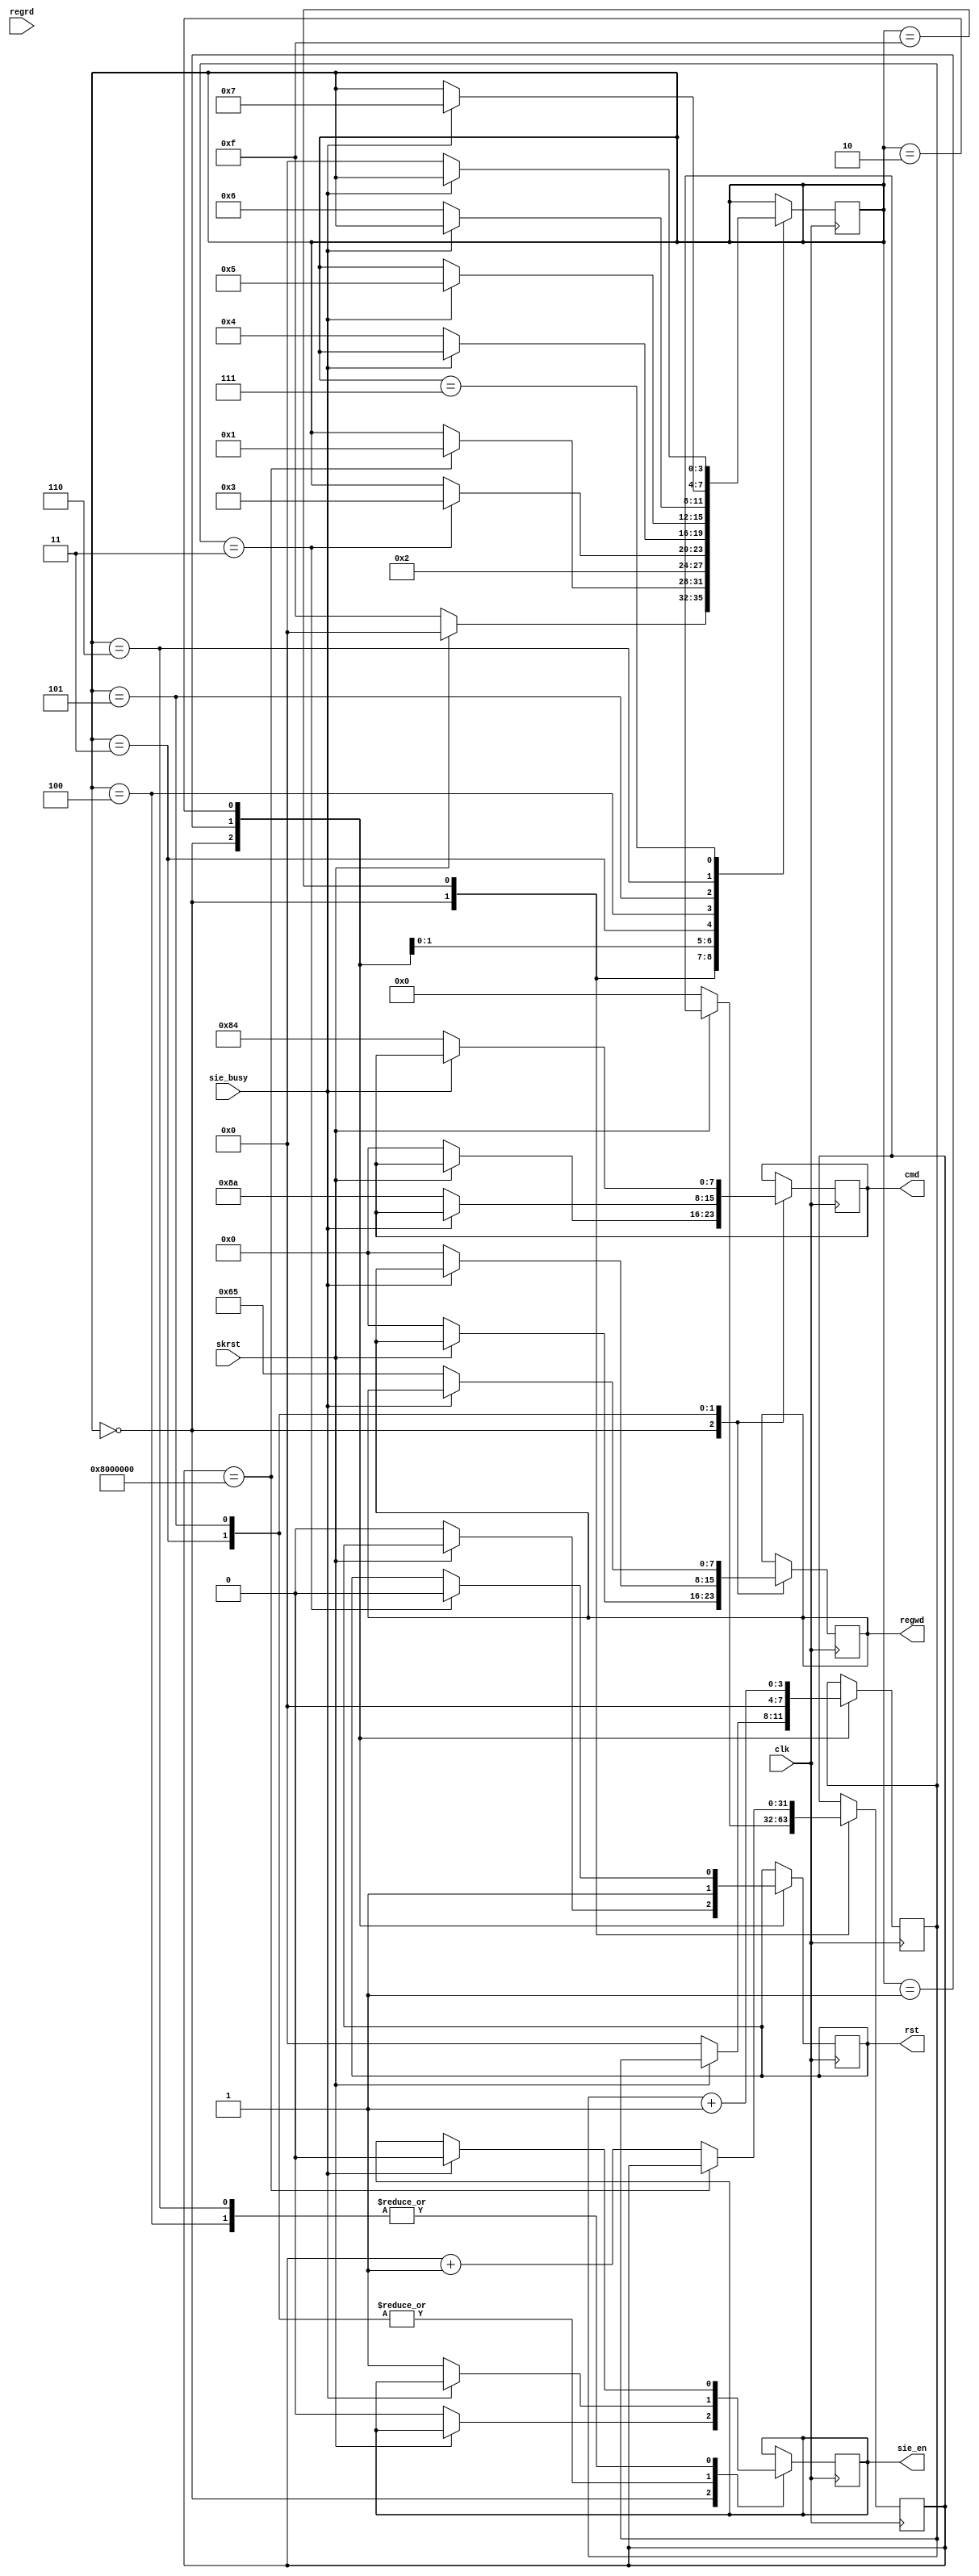
module usb_regrw(

input clk,
input skrst,
output reg rst,

output reg sie_en,
input sie_busy,
output reg[7:0] cmd,
output reg[7:0] regwd,
input[7:0] regrd
);

localparam STATE_W =4;
localparam IDLE =4'b0;
localparam RST1=4'd1;
localparam RSTWT=4'd2;
localparam REGW1=4'd3;
localparam REGWW1=4'd4;
localparam REGW2=4'd5;
localparam REGWW2=4'd6;
localparam REGWWT=4'd7;
localparam REGR1=4'd8;
localparam REGRR1=4'd9;
localparam WRST=4'd10;

localparam DELAY=4'b1111;

reg[3:0] num;
reg[31:0] lnum;
reg[STATE_W-1:0] state;
always@(posedge clk)
	case(state)
	IDLE:if(skrst) state<=IDLE;
			else begin
					state<=DELAY;
					sie_en<=0;
					cmd<=0;
					regwd<=0;
					rst<=0;
					num<=0;
					lnum<=0;
				end
	DELAY:if(lnum==32'b00001000_00000000_00000000_00000000)
				state<=RST1;
			else lnum<=lnum+1'b1;
	RST1:begin
		rst<=1;
		num<=4'b0;
		state<=RSTWT;
		end
	RSTWT:begin
		num<=num+4'b1;
		if(num==4'b0011)begin
			state<=REGW1;
			rst<=0;
			end
		end
	REGW1:if(sie_busy) state<=state;
			else begin
				cmd<=8'b1000_1010;
				regwd<=8'b0000_0000;
				sie_en<=1;
				state<=REGWW1;
				end
	REGWW1:if(sie_busy)
				begin
				sie_en<=0;
				state<=REGW2;
				end
			else state<=state;
	REGW2:if(sie_busy) state<=state;
			else begin
				cmd<=8'b1000_0100;
				regwd<=8'b0110_0101;//fs_1.1
				//regwd<=8'b0111_0100;//chirp
				//regwd<=8'b0110_0110;//ls_1.0
				sie_en<=1;
				state<=REGWW2;
				end
	REGWW2:if(sie_busy)
				begin
				sie_en<=0;
				state<=REGWWT;
				end
			else state<=state;
	REGWWT:begin
			if(sie_busy) state<=state;
			else state<=IDLE;
			end
//	REGR1:if(sie_busy) state<=state;
//			else begin
//				cmd<=8'b1101_0101;
//				sie_en<=1;
//				state<=REGRR1;
//				end
//	REGRR1:if(sie_busy)
//				begin
//				sie_en<=0;
//				state<=REGWWT;
//				end
//			else state<=state;
//	WRST:if(rstd==1)state<=IDLE;//STADD;
//			else state<=state;
//
//	WGETDESC:
//	WINPID:
//	WACK:
//	WOUT:
	endcase

endmodule